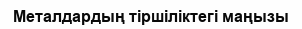
Металдардың тіршіліктегі маңызы